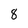
Character: 8